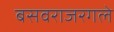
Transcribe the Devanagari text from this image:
बसवराजरगले